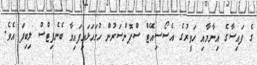
ގެ ފައިސާގެ އިނާމާއި ހަވީރުގެ އެސޯސިއޭޓް ސްޕޮންސަރުން ހުށަހަޅައިފައިވާ ބެނެފިޓްސް ލިބިފަ އެވެ.